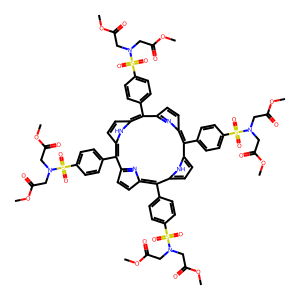
SMILES: COC(=O)CN(CC(=O)OC)S(=O)(=O)c1ccc(-c2c3ccc(n3)c(-c3ccc(S(=O)(=O)N(CC(=O)OC)CC(=O)OC)cc3)c3ccc([nH]3)c(-c3ccc(S(=O)(=O)N(CC(=O)OC)CC(=O)OC)cc3)c3ccc(n3)c(-c3ccc(S(=O)(=O)N(CC(=O)OC)CC(=O)OC)cc3)c3ccc2[nH]3)cc1
Inhibits HIV replication: No